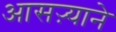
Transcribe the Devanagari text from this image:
आसऱ्याने